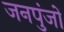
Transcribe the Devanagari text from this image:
जनपुंजों